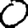
Digit: 0